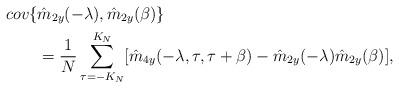
LaTeX: \begin{align*}cov\{&\hat{m}_{2y}(-\lambda),\hat{m}_{2y}(\beta)\}\\ &= \frac{1}{N}\sum_{\tau = -K_N}^{K_N}[\hat{m}_{4y}(-\lambda,\tau,\tau+\beta) - \hat{m}_{2y}(-\lambda)\hat{m}_{2y}(\beta)],\end{align*}